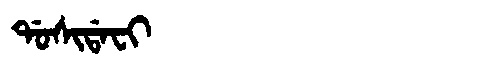
Manchu: ᡩᠣᠰᡳᡩᠠᠸᡳ
Romanization: DOSIDAFI